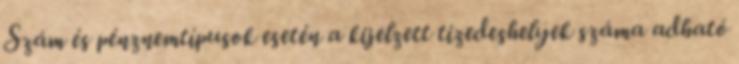
Szám és pénznemtípusok esetén a kijelzett tizedeshelyek száma adható